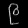
Digit: ၉